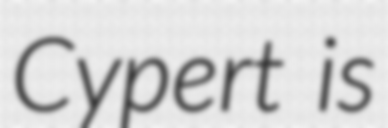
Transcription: Cypert is